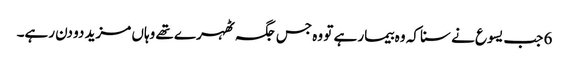
6 جب یسوع نے سنا کہ وہ بیمار ہے تو وہ جس جگہ ٹھہرے تھے وہاں مزید دو دن رہے۔